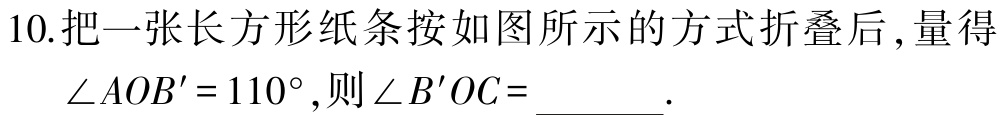
10.把一张长方形纸条按如图所示的方式折叠后 ,量得$\angle AOB' = 110^{\circ}$,则$\angle B'OC =$ .